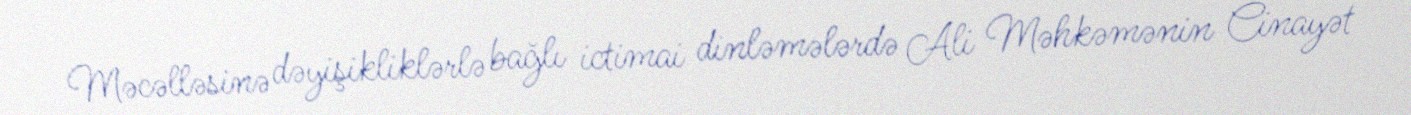
Məcəlləsinə dəyişikliklərlə bağlı ictimai dinləmələrdə Ali Məhkəmənin Cinayət